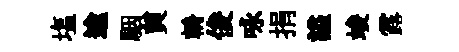
塩逾駰貟輈俊咏捐謚竣露